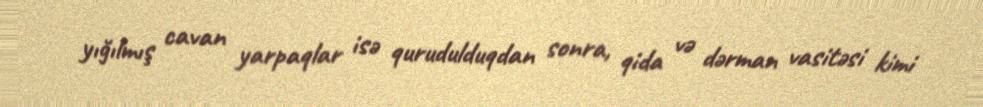
yığılmış cavan yarpaqlar isə qurudulduqdan sonra, qida və dərman vasitəsi kimi